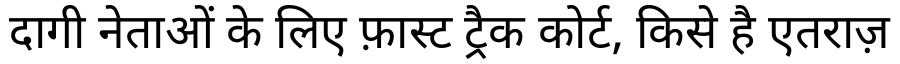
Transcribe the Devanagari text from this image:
दागी नेताओं के लिए फ़ास्ट ट्रैक कोर्ट, किसे है एतराज़